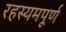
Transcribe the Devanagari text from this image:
रहस्यमपूर्ण